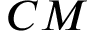
C M